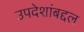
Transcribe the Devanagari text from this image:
उपदेशांबद्दल